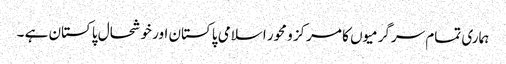
ہماری تمام سرگرمیوں کا مرکز و محور اسلامی پاکستان اور خوشحال پاکستان ہے ۔